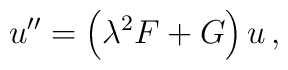
u'' = \left( \lambda^2 F + G \right) u\,,